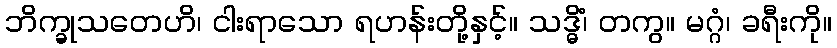
ဘိက္ခုသတေဟိ၊ ငါးရာသော ရဟန်းတို့နှင့်။ သဒ္ဓိံ၊ တကွ။ မဂ္ဂံ၊ ခရီးကို။